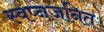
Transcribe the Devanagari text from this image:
स्वप्नजनित